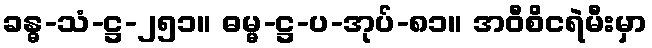
ခန္ဓ-သံ-ဋ္ဌ-၂၅၁။ ဓမ္မ-ဋ္ဌ-ပ-အုပ်-၈၁။ အဝီစိငရဲမီးမှာ